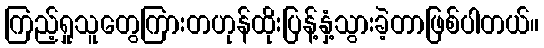
ကြည့်ရှုသူတွေကြားတဟုန်ထိုးပြန့်နှံ့သွားခဲ့တာဖြစ်ပါတယ်။